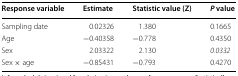
| Response variable | Estimate | Statistic value (Z) | P value |
 | --- | --- | --- | --- |
 | Sampling date | 0.02326 | 1.380 | 0.1665 |
 | Age | −0.40358 | −0.778 | 0.4350 |
 | Sex | 2.03322 | 2.130 | 0.0332 |
 | Sex × age | −0.85431 | −0.793 | 0.4270 |